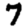
Digit: 7